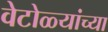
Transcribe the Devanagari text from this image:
वेटोळ्यांच्या